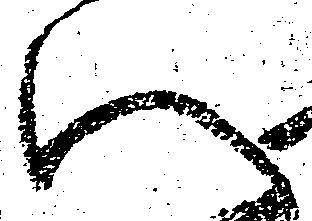
い